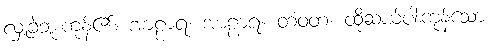
လှူခဲ့ဘူးကုန်၏။ အာဠာရ၊ အာဠာရ။ တံဝတံ၊ ထိုဆယ်ပါးကုန်သော